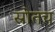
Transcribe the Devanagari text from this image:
स्रोतच